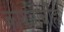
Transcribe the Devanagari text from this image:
कायद्यांचीही